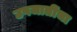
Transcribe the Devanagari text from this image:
उपजातींचा